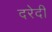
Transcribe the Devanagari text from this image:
दरेदी